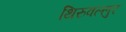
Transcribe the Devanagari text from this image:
थिरुवल्लुर